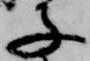
子